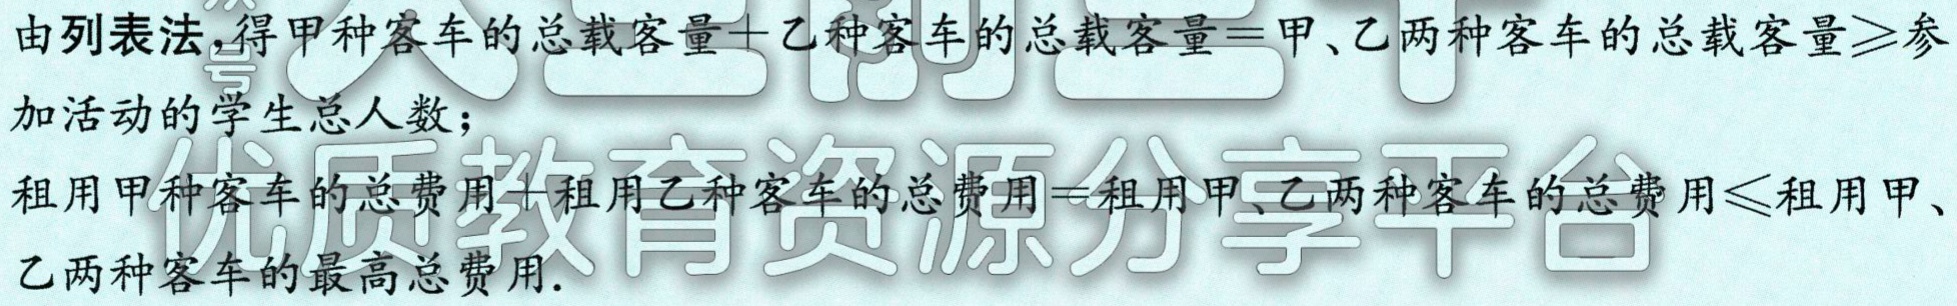
由列表法,得甲种客车的总载客量$+$乙种客车的总载客量$=$甲、乙两种客车的总载客量$\geqslant$参加活动的学生总人数；

租用甲种客车的总费用$+$租用乙种客车的总费用$=$租用甲、乙两种客车的总费用$\leqslant$租用甲、乙两种客车的最高总费用.